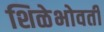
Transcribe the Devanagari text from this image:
शिळेभोवती